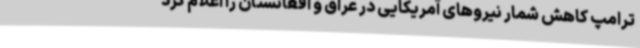
ترامپ کاهش شمار نیروهای آمریکایی در عراق و افغانستان را اعلام کرد